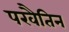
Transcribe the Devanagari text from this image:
परवैतिन